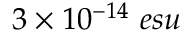
3 \times 1 0 ^ { - 1 4 } ~ e s u